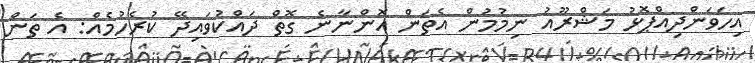
އިހަވަންދިއްޕޮޅު މަޝްރޫއު ނިމުމުން އެތަން އޮންނާނެ ގޮތް ދައްކުވައިދޭ ކުރެހުމެއް: އެ ތަން